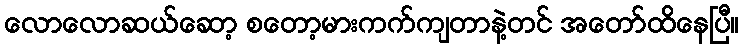
လောလောဆယ်ဆော့ စတော့မားကက်ကျတာနဲ့တင် အတော်ထိနေပြီ။